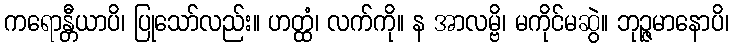
ကရောန္တီယာပိ၊ ပြုသော်လည်း။ ဟတ္ထံ၊ လက်ကို။ န အာလမ္ဗိ၊ မကိုင်မဆွဲ။ ဘုဉ္ဇမာနောပိ၊